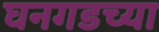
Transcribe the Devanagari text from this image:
घनगडच्या